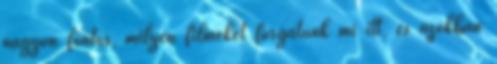
nagyon fontos, milyen filmeket forgatunk mi itt, és azokban